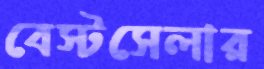
বেস্টসেলার